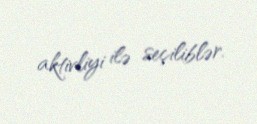
aktivliyi ilə seçiliblər.